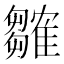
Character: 𬯲